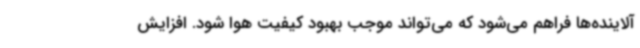
آلاینده‌ها فراهم می‌شود که می‌تواند موجب بهبود کیفیت هوا شود. افزایش